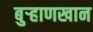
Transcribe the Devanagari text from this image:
बुर्‍हाणखान